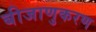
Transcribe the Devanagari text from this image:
बीजाणुकरण